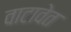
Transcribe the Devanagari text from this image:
वाटावेत